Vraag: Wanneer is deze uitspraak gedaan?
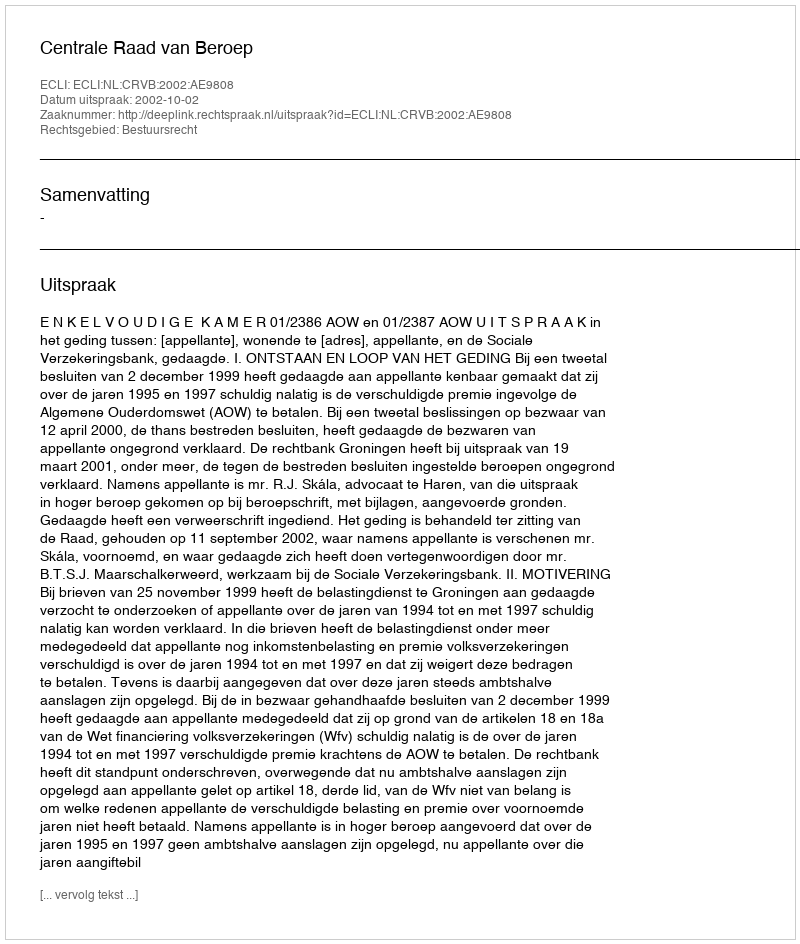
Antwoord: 2002-10-02